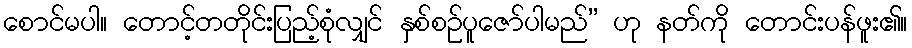
စောင်မပါ။ တောင့်တတိုင်းပြည့်စုံလျှင် နှစ်စဉ်ပူဇော်ပါမည်” ဟု နတ်ကို တောင်းပန်ဖူး၏။